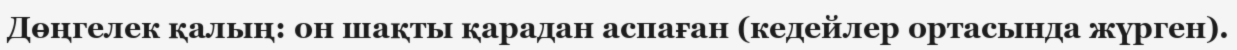
Дөңгелек қалың: он шақты қарадан аспаған (кедейлер ортасында жүрген).